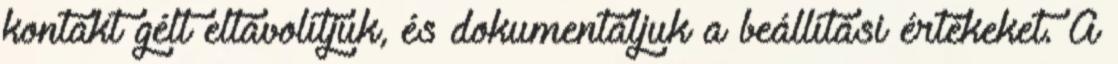
kontakt gélt eltávolítjuk, és dokumentáljuk a beállítási értékeket. A